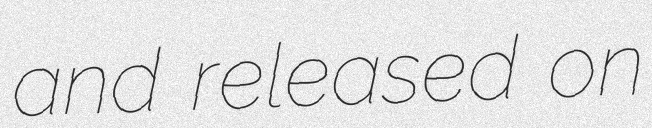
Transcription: and released on